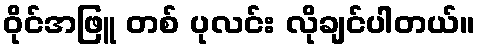
ဝိုင်အဖြူ တစ် ပုလင်း လိုချင်ပါတယ်။